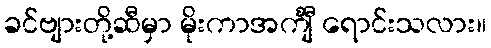
ခင်ဗျားတို့ဆီမှာ မိုးကာအင်္ကျီ ရောင်းသလား။